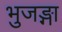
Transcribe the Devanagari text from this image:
भुजङ्गा